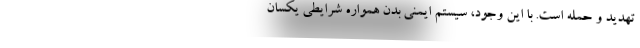
تهدید و حمله است. با این وجود، سیستم ایمنی بدن همواره شرایطی یکسان